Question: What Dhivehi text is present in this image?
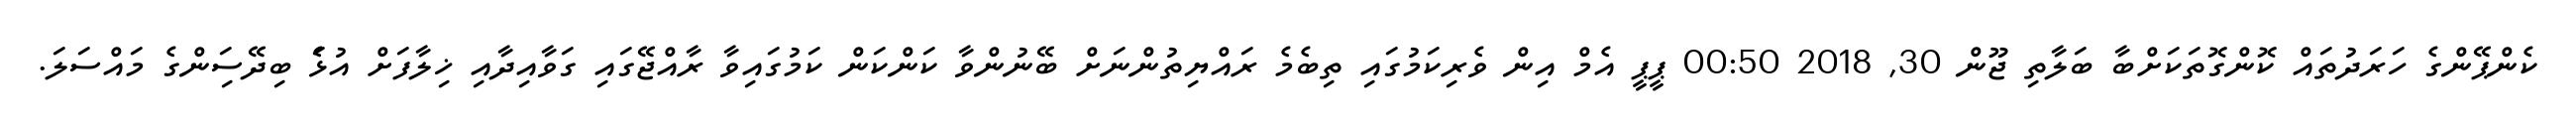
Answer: ކެންޕޭންގެ ހަރަދުތައް ކޮންގޮތަކަށްބާ ބަލާތި ޖޫން 30, 2018 00:50 ޕީޕީ އެމް އިން ވެރިކަމުގައި ތިބެމެ ރައްޔިތުންނަށް ބޭނުންވާ ކަންކަން ކަމުގައިވާ ރާއްޖޭގައި ގަވާއިދާއި ޚިލާފަށް އުޅަެ ބިދޭސަިންގެ މައްސަލަ.